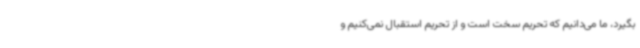
بگیرد، ما می‌دانیم که تحریم سخت است و از تحریم استقبال نمی‌کنیم و